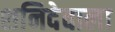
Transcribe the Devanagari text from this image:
शनिदेवाला